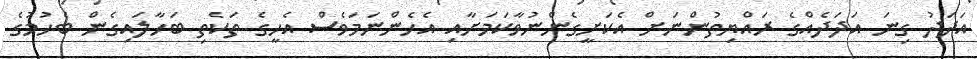
އަދަދު ގިނަ އަދަދެއްގެ ރައްޔިތުންނަށް އެކަށީގެންނުވާކަމަށާއި އެހެންނަމަވެސް އެހީގެ ތަކެތި ބަހާލައިގެން ބެހުމުގެ